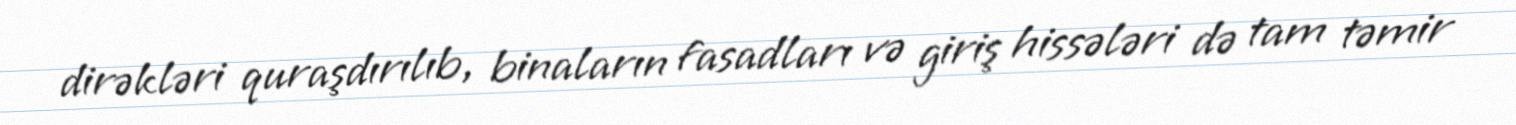
dirəkləri quraşdırılıb, binaların fasadları və giriş hissələri də tam təmir